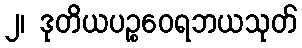
၂၊ ဒုတိယပဉ္စဝေရဘယသုတ်